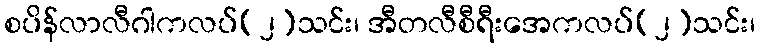
စပိန်လာလီဂါကလပ်(၂)သင်း၊ အီတလီစီရီးအေကလပ်(၂)သင်း၊